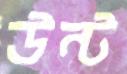
উন্ট